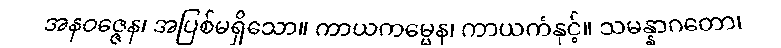
အနဝဇ္ဇေန၊ အပြစ်မရှိသော။ ကာယကမ္မေန၊ ကာယကံနှင့်။ သမန္နာဂတော၊